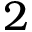
{ 2 }